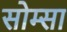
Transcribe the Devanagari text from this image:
सोम्सा